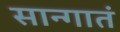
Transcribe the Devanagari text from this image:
सान्गातं